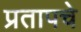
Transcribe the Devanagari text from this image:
प्रतापचे